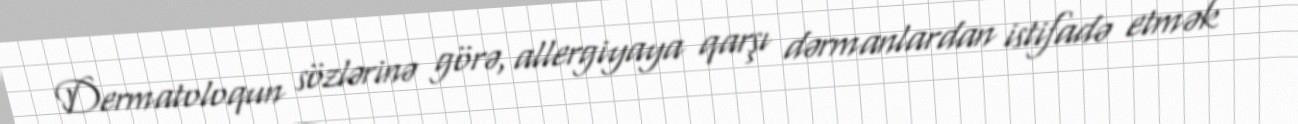
Dermatoloqun sözlərinə görə, allergiyaya qarşı dərmanlardan istifadə etmək